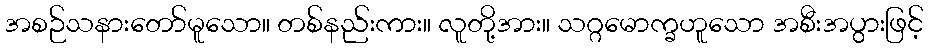
အစဉ်သနားတော်မူသော။ တစ်နည်းကား။ လူတို့အား။ သဂ္ဂမောက္ခဟူသော အစီးအပွားဖြင့်